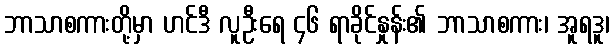
ဘာသာစကားတို့မှာ ဟင်ဒီ လူဦးရေ ၄၆ ရာခိုင်နှုန်း၏ ဘာသာစကား၊ အူရဒူ၊